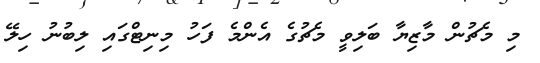
މި މެޗުން މާޒިޔާ ބަލިވީ މެޗުގެ އެންމެ ފަހު މިނިޓްގައި ލިބުނު ހިލޭ